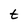
Character: t